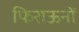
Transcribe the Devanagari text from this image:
फिराऊनों